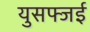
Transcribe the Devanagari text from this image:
युसफ्जई